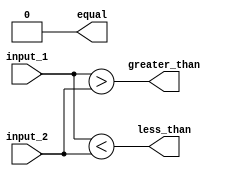
module comparator(
    input [63:0] input_1,
    input [63:0] input_2,
    output equal,
    output less_than,
    output greater_than
);

reg [63:0] equal_out;
reg [63:0] less_than_out;
reg [63:0] greater_than_out;

always @* begin
    equal_out = (input_1 == input_2);
    less_than_out = (input_1 < input_2);
    greater_than_out = (input_1 > input_2);
end

assign equal = &equal_out;
assign less_than = |less_than_out;
assign greater_than = |greater_than_out;

endmodule